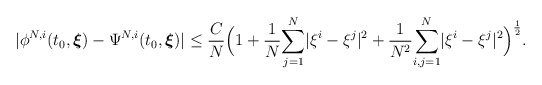
\begin{align*} |\phi^{N,i}(t_0,\boldsymbol{\xi})-\Psi^{N,i}(t_0,\boldsymbol{\xi})|\leq\frac{C}{N}\Big(1+\frac{1}{N}\underset{j=1}{\overset{N}\sum}|\xi^{i}-\xi^{j}|^2+\frac{1}{N^2}\underset{i,j=1}{\overset{N}{\sum}}|\xi^{i}-\xi^{j}|^2\Big)^{\frac{1}{2}}.\end{align*}